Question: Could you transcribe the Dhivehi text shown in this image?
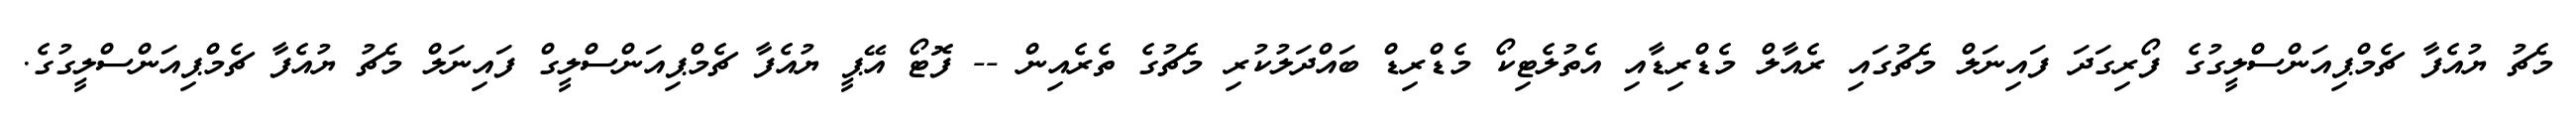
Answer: މެޗު ޔުއެފާ ޗެމްޕިއަންސްލީގުގެ ފޯރިގަދަ ފައިނަލް މެޗުގައި ރެއާލް މެޑްރިޑާއި އެތުލެޓިކޯ މެޑްރިޑް ބައްދަލުކުރި މެޗުގެ ތެރެއިން -- ފޮޓޯ އޭޕީ ޔުއެފާ ޗެމްޕިއަންސްލީގް ފައިނަލް މެޗު ޔުއެފާ ޗެމްޕިއަންސްލީގުގެ.